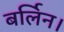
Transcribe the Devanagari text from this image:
बर्लिन।